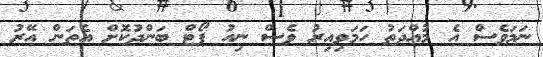
ނަމަވެސް އެ މުއްދަތު ހަމަވިއިރު ވެސް ނިއު ޕޯޓް ބަންދުކޮށް އެތަން އޭރު